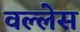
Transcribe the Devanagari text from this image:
वल्लेस